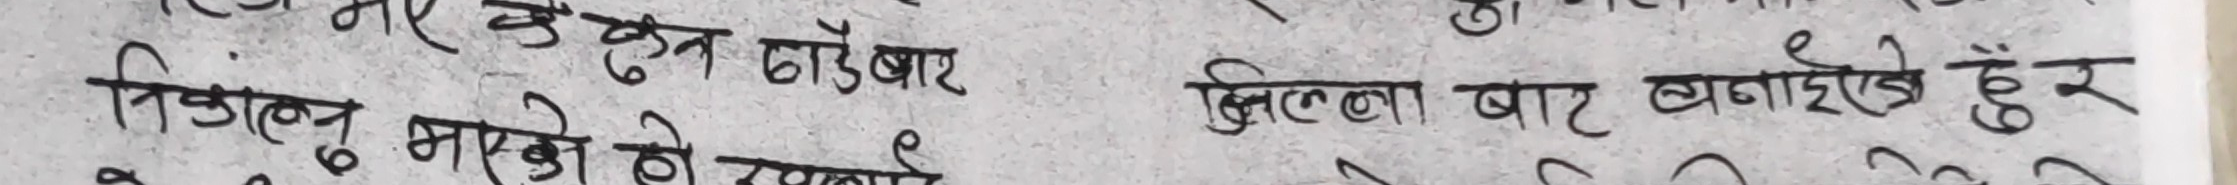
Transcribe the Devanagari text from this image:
निकालनु भएको हो रचनाले खुल्ला बाट बनाईएको छ।